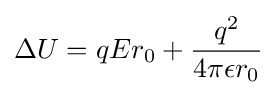
\Delta U=qEr_{0}+{\frac {q^{2}}{4\pi \epsilon r_{0}}}